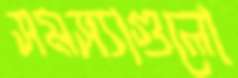
সমস্যাগুলো